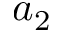
a _ { 2 }